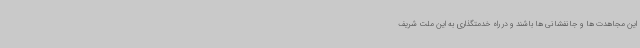
این مجاهدت ها و جانفشانی ها باشند و در راه خدمتگذاری به این ملت شریف